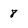
Character: 8